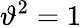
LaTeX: \vartheta^{2}=1